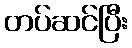
တပ်ဆင်ပြီး